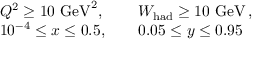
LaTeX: \begin{array} { l l } { { Q ^ { 2 } \geq 1 0 ~ \mathrm { G e V } ^ { 2 } , } } & { { W _ { \mathrm { h a d } } \geq 1 0 ~ \mathrm { G e V } \, , \nonumber } } \\ { { 1 0 ^ { - 4 } \leq x \leq 0 . 5 , ~ ~ ~ } } & { { 0 . 0 5 \leq y \leq 0 . 9 5 } } \end{array}